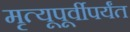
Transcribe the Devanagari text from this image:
मृत्यूपूर्वीपर्यंत